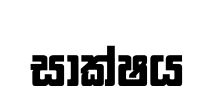
සාක්ෂය